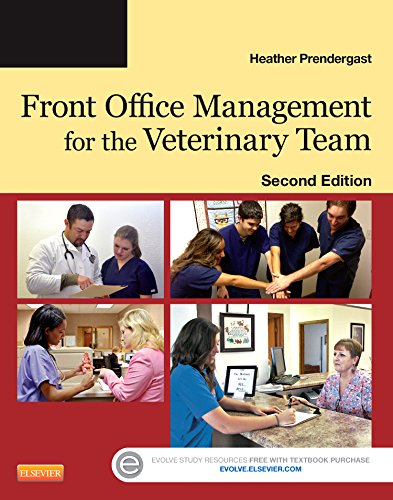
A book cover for Front Office Management for the Veterinary Team, 2e; Heather Prendergast BS  AS  RVT  CVPM; Medical Books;